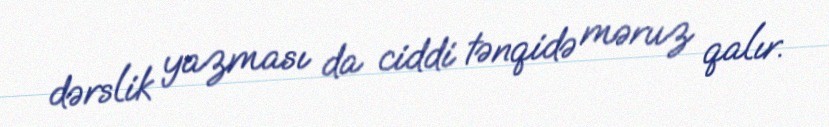
dərslik yazması da ciddi tənqidə məruz qalır.